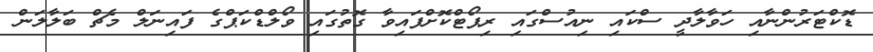
ޑޮކްޓަރުންނާއި ހަވާލާދީ ސްކައި ނިއުސްގައި ރިޕޯޓްކޮށްފައިވާ ގޮތުގައި ވޯލްޑްކަޕްގެ ފައިނަލް މެޗް ބަލާލަން